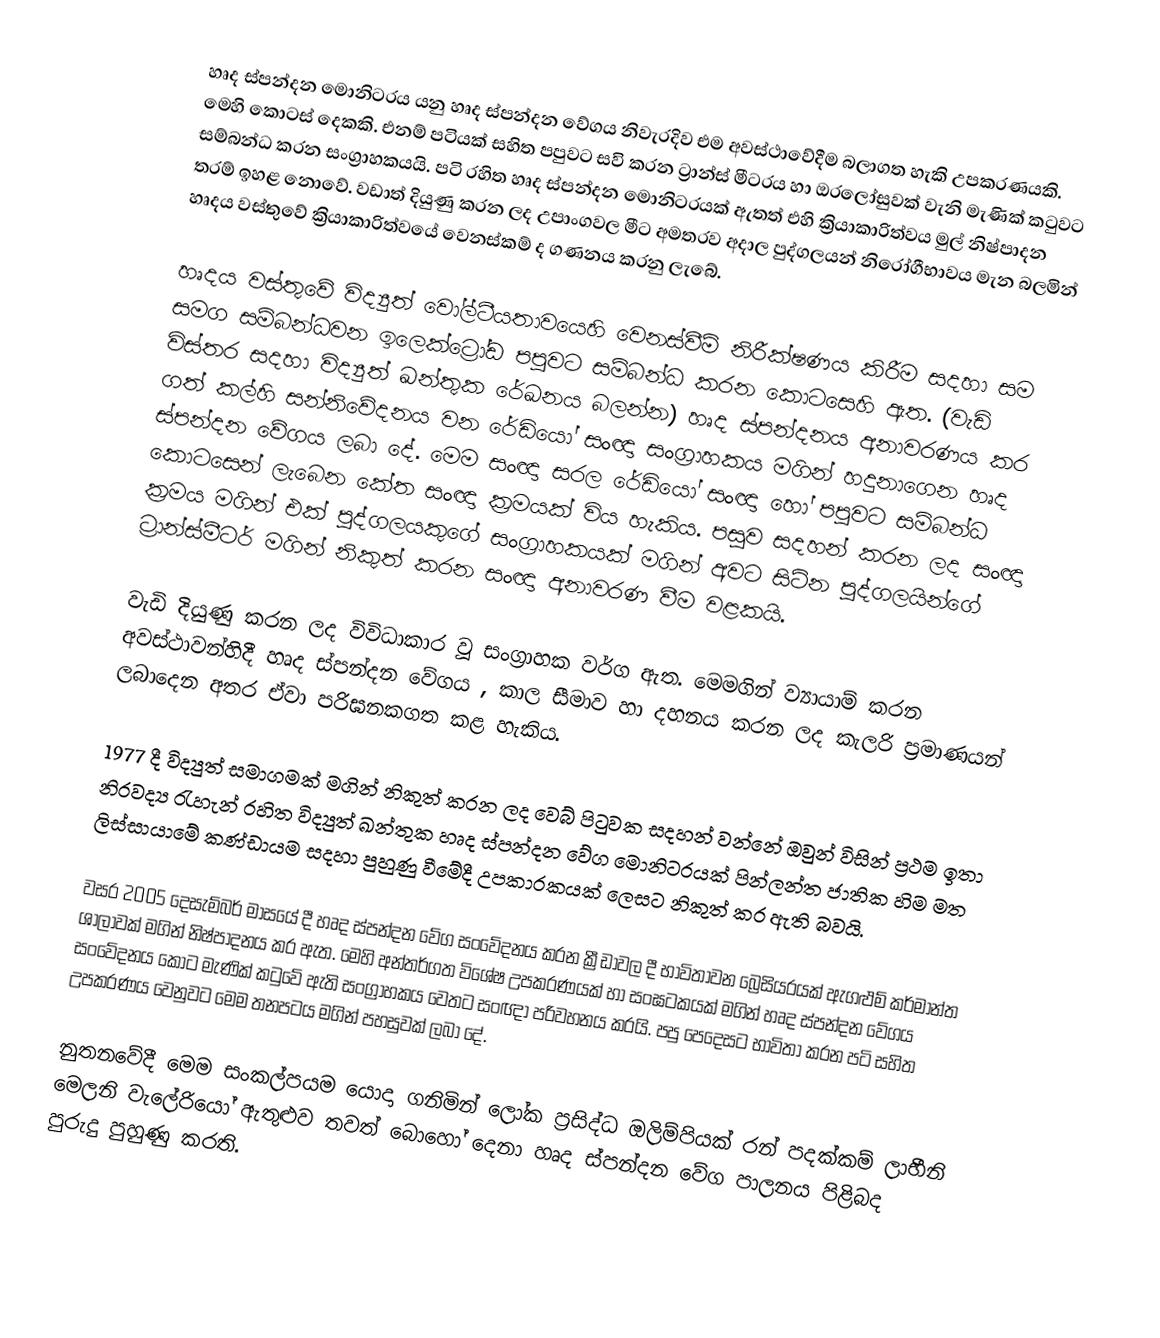
හෘද ස්පන්දන මොනිටරය යනු හෘද ස්පන්දන වේගය නිවැරදිව එම අවස්ථාවේදීම බලාගත හැකි උපකරණයකි. මෙහි කොටස් දෙකකි. එනම් පටියක් සහිත පපුවට සවි කරන ‍ට්‍රාන්ස් මීටරය හා ඔරලෝසුවක් වැනි මැණික් කටුවට සම්බන්ධ කරන සංග්‍රාහකයයි. පටි රහිත හෘද ස්පන්දන මොනිටරයක් ඇතත් එහි ක්‍රියාකාරිත්වය මුල් නිෂ්පාදන තරම් ඉහළ නොවේ. වඩාත් දියුණු කරන ලද උපාංගවල මීට අමතරව අදාල පුද්ගලයන් නිරෝගීභාවය මැන බලමින් හෘදය වස්තුවේ ක්‍රියාකාරිත්වයේ වෙනස්කම් ද ගණනය කරනු ලැබේ.

හෘදය වස්තුවේ විද්‍යුත් වෝල්ටීයතාවයෙහි වෙනස්වීම් නිරීක්ෂණය කිරීම සදහා සම සමග සම්බන්ධවන ඉලෙක්ට්‍රෝඩ පපුවට සම්බන්ධ කරන කොටසෙහි ඇත. (වැඩි විස්තර සදහා විද්‍යුත් ඛන්තුක රේඛනය බලන්න) හෘද ස්පන්දනය අනාවරණය කර ගත් කල්හි සන්නිවේදනය වන රේඩියෝ සංඥා සංග්‍රාහකය මගින් හදුනාගෙන හෘද ස්පන්දන වේගය ලබා දේ. මෙම සංඥා සරල රේඩියෝ සංඥා හෝ පපුවට සම්බන්ධ කොටසෙන් ලැබෙන කේත සංඥා ක්‍රමයක් විය හැකිය. පසුව සදහන් කරන ලද සංඥා ක්‍රමය මගින් එක් පුද්ගලයකුගේ සංග්‍රාහකයක් මගින් අවට සිටින පුද්ගලයින්ගේ ට්‍ර‍ාන්ස්මීටර් මගින් නිකුත් කරන සංඥා අනාවරණ වීම වළකයි.

වැඩි දියුණු කරන ලද විවිධාකාර වූ ‍සංග්‍රාහක වර්ග ඇත. මෙමගින් ව්‍යායාම් කරන අවස්ථාවන්හිදී හෘද ස්පන්දන වේගය , කාල සීමාව හා දහනය කරන ලද කැලරි ප්‍රමාණයන් ලබාදෙන අතර ඒවා පරිඝනකගත කළ හැකිය.

1977 දී විද්‍යුත් සමාගමක් මගින් නිකුත් කරන ලද වෙබ් පිටුවක සදහන් වන්නේ ඔවුන් විසින් ප්‍රථම ඉතා නිරවද්‍ය රැහැන් රහිත විද්‍යුත් ඛන්තුක හෘද ස්පන්දන වේග මොනිටරයක් පින්ලන්ත ජාතික හිම මත ලිස්සායාමේ කණ්ඩායම සදහා පුහුණු වීමේදී උපකාරකයක් ලෙසට නිකුත් කර ඇති බවයි.

වසර 2005 දෙසැම්බර් මාසයේ දී හෘද ස්පන්දන වේග සංවේදනය කරන ක්‍රීඩාවල දී භාවිතාවන බ්‍රෙසියරයක් ඇගළුම් කර්මාන්ත ශාලාවක් මගින් නිෂ්පාදනය කර ඇත. මෙහි අන්තර්ගත විශේෂ උපකරණයක් හා සංඝටකයක් මගින් හෘද ස්පන්දන වේගය සංවේදනය කොට මැණික් කටුවේ ඇති සංග්‍රාහකය වෙතට සංඥා පරිවහනය කරයි. පපු පෙදෙසට භාවිතා කරන පටි සහිත උපකරණය වෙනුවට මෙම තනපටය මගින් පහසුවක් ලබා දේ.

නුතනවේදී මෙම සංකල්පයම යොදා ගනිමින් ලෝක ප්‍රසිද්ධ ඔලිම්පියක් රන් පදක්කම් ලාභීනි මෙලනි වැලේරියෝ ඇතුළුව තවත් බොහෝ දෙනා හෘද ස්පන්දන වේග පාලනය පිළිබද පුරුදු පුහුණු කරති.